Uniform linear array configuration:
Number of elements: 8
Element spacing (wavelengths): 0.5
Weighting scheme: cosine
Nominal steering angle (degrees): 30
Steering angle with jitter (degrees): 31.366
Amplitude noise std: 0.05
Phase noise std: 0.05

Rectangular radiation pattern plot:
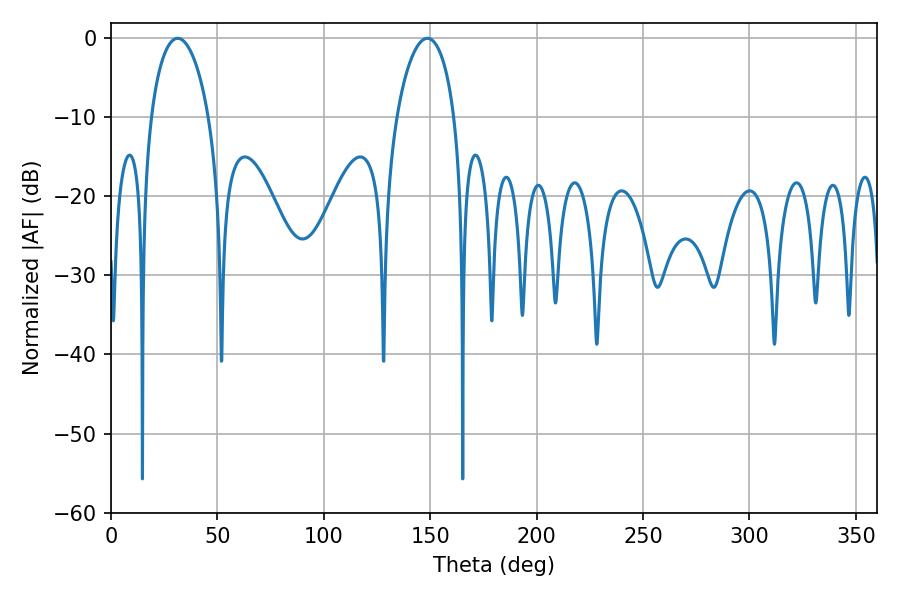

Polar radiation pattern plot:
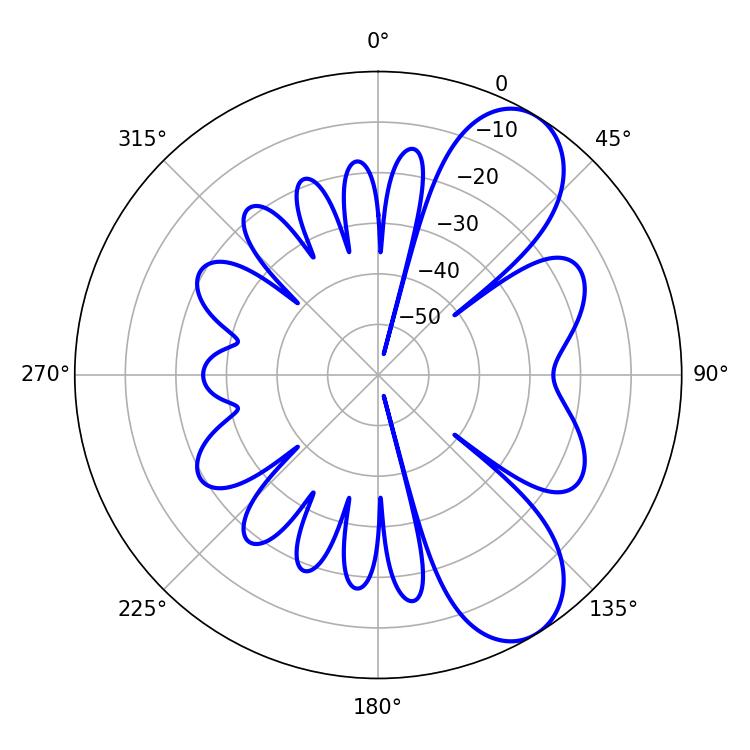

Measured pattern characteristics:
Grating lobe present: FALSE
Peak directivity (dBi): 8.183
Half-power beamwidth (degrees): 15.48
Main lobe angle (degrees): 31.32